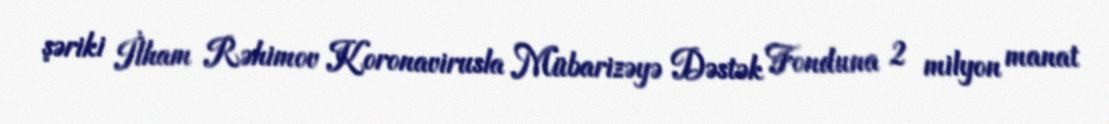
şəriki İlham Rəhimov Koronavirusla Mübarizəyə Dəstək Fonduna 2 milyon manat